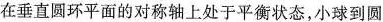
在垂直圆环平面的对称轴上处于平衡状态，小球到圆